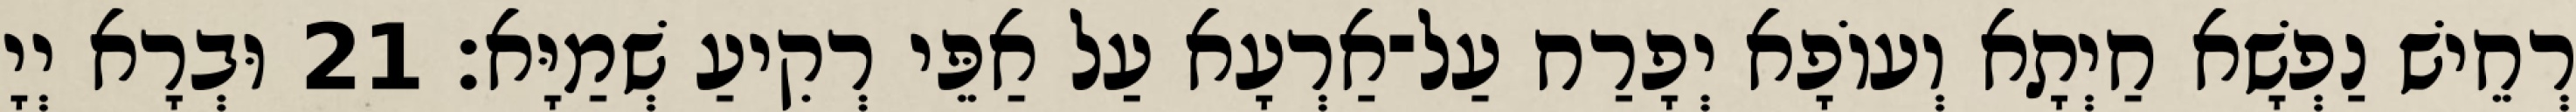
רְחֵישׁ נַפְשָׁא חַיְתָא וְעוֹפָא יְפָרַח עַל־אַרְעָא עַל אַפֵּי רְקִיעַ שְׁמַיָּא׃ 21 וּבְרָא יְיָ